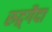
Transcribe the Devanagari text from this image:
रुद्र्गैदा